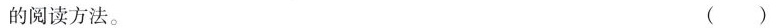
的阅读方法。 ( )